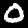
Label: 0